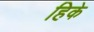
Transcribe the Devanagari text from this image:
हिके